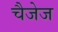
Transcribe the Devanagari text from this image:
चैजेज